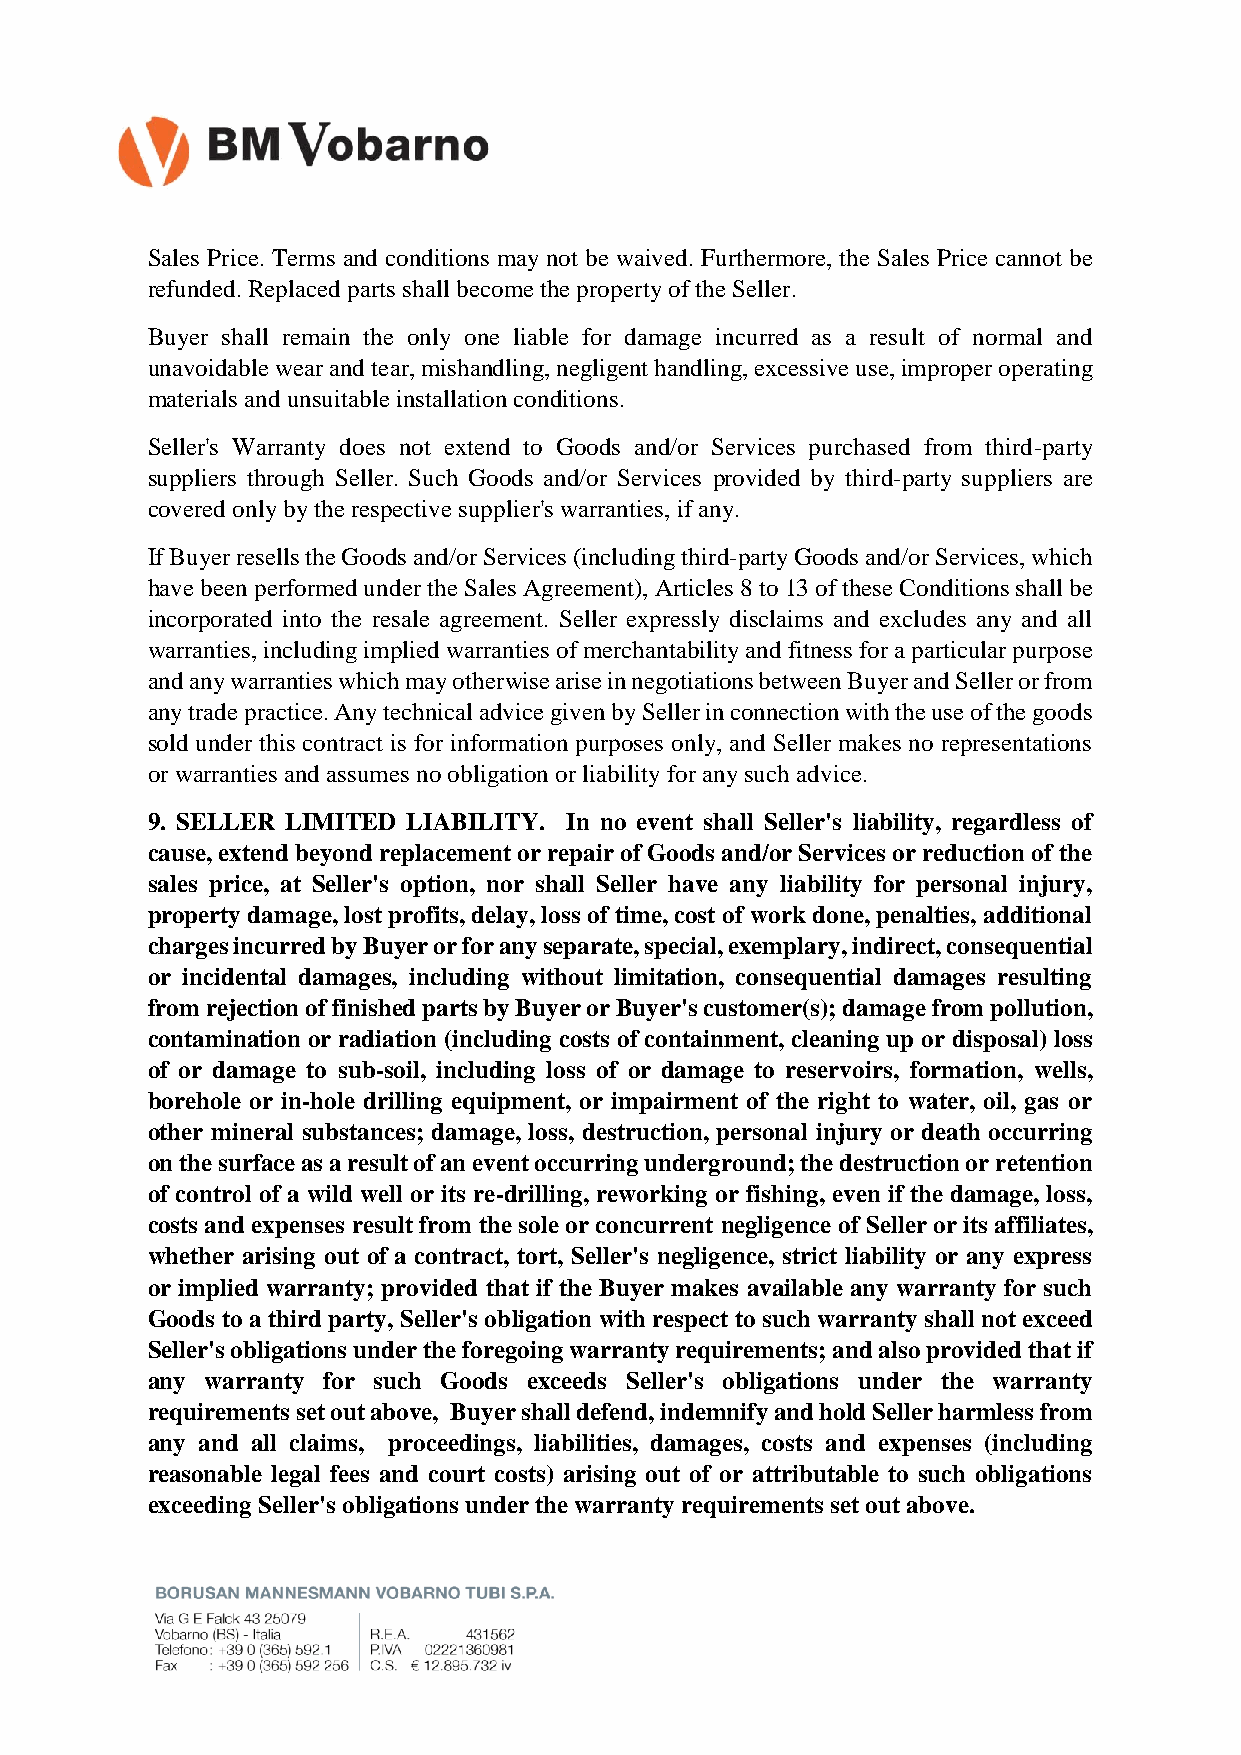
Sales Price. Terms and conditions may not be waived. Furthermore, the Sales Price cannot be
 refunded. Replaced parts shall become the property of the Seller.
 Buyer shall remain the only one liable for damage incurred as a result of normal and
 unavoidable wear and tear, mishandling, negligent handling, excessive use, improper operating
 materials and unsuitable installation conditions.
 Seller's Warranty does not extend to Goods and/or Services purchased from third-party
 suppliers through Seller. Such Goods and/or Services provided by third-party suppliers are
 covered only by the respective supplier's warranties, if any.
 If Buyer resells the Goods and/or Services (including third-party Goods and/or Services, which
 have been performed under the Sales Agreement), Articles 8 to 13 of these Conditions shall be
 incorporated into the resale agreement. Seller expressly disclaims and excludes any and all
 warranties, including implied warranties of merchantability and fitness for a particular purpose
 and any warranties which may otherwise arise in negotiations between Buyer and Seller or from
 any trade practice. Any technical advice given by Seller in connection with the use of the goods
 sold under this contract is for information purposes only, and Seller makes no representations
 or warranties and assumes no obligation or liability for any such advice.
 9. SELLER LIMITED LIABILITY. In no event shall Seller's liability, regardless of
 cause, extend beyond replacement or repair of Goods and/or Services or reduction of the
 sales price, at Seller's option, nor shall Seller have any liability for personal injury,
 property damage, lost profits, delay, loss of time, cost of work done, penalties, additional
 charges incurred by Buyer or for any separate, special, exemplary, indirect, consequential
 or incidental damages, including without limitation, consequential damages resulting
 from rejection of finished parts by Buyer or Buyer's customer(s); damage from pollution,
 contamination or radiation (including costs of containment, cleaning up or disposal) loss
 of or damage to sub-soil, including loss of or damage to reservoirs, formation, wells,
 borehole or in-hole drilling equipment, or impairment of the right to water, oil, gas or
 other mineral substances; damage, loss, destruction, personal injury or death occurring
 on the surface as a result of an event occurring underground; the destruction or retention
 of control of a wild well or its re-drilling, reworking or fishing, even if the damage, loss,
 costs and expenses result from the sole or concurrent negligence of Seller or its affiliates,
 whether arising out of a contract, tort, Seller's negligence, strict liability or any express
 or implied warranty; provided that if the Buyer makes available any warranty for such
 Goods to a third party, Seller's obligation with respect to such warranty shall not exceed
 Seller's obligations under the foregoing warranty requirements; and also provided that if
 any warranty for such Goods exceeds Seller's obligations under the warranty
 requirements set out above, Buyer shall defend, indemnify and hold Seller harmless from
 any and all claims, proceedings, liabilities, damages, costs and expenses (including
 reasonable legal fees and court costs) arising out of or attributable to such obligations
 exceeding Seller's obligations under the warranty requirements set out above.